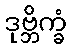
ဒုဗ္ဘိက္ခံ